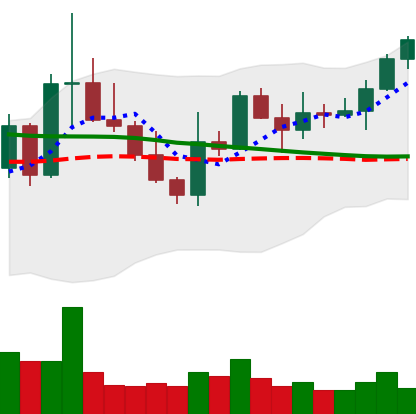
Ticker: XLM-USD
Chart end date: 2022-10-09
Forward return: -12.72%
Label: down_7plus